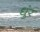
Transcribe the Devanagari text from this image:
धुंर